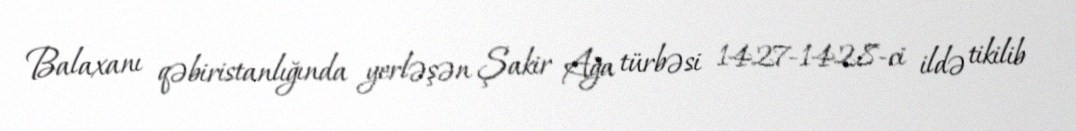
Balaxanı qəbiristanlığında yerləşən Şakir Ağa türbəsi 1427-1428-ci ildə tikilib